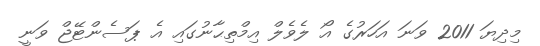
މިދިޔަ 2011 ވަނަ އަހަރުގެ އޯ ލެވެލް އިމްތިޙާނުގައި އެ ޕަސެންޓޭޖް ވަނީ